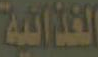
الغذائية